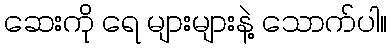
ဆေးကို ရေ များများနဲ့ သောက်ပါ။